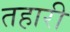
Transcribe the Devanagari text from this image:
तहारी